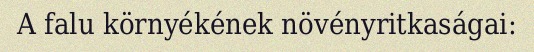
A falu környékének növényritkaságai: